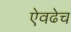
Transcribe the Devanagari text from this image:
ऐवढेच